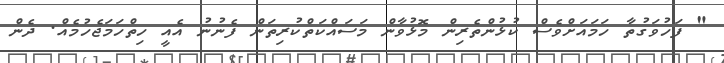
" ފަހުވަގުތާ ހަމައަށްވެސް ކުޅުންތެރިން މޮޅުވާން މަސައްކަތްކުރިތަން ފެނުނު އެއީ ހިތްހަމަޖެހުމެއް. ދެން